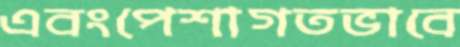
এবংপেশাগতভাবে